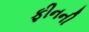
ફીનની